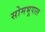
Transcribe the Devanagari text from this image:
सोमभूपाल